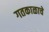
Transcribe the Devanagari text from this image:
गतकाळाचे